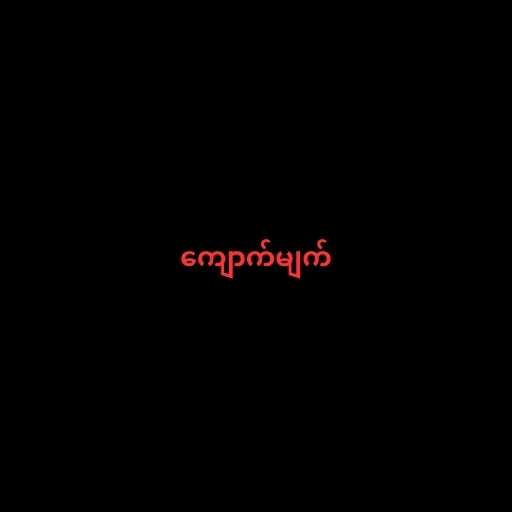
ကျောက်မျက်